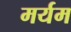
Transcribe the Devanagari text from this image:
मर्यम